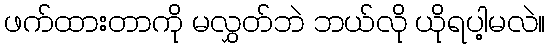
ဖက်ထားတာကို မလွှတ်ဘဲ ဘယ်လို ယိုရပါ့မလဲ။